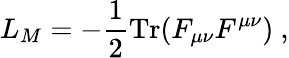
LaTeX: L_{M}=-\frac{1}{2}\mathrm{Tr}(F_{\mu\nu}F^{\mu\nu})\ ,